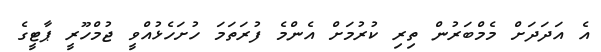
އެ އަދަދަށް މެމްބަރުން ތިރި ކުރުމަށް އެންމެ ފުރަތަމަ ހުށަހެޅުއްވީ ޖުމްހޫރީ ޕާޓީގެ